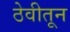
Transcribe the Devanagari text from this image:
ठेवीतून